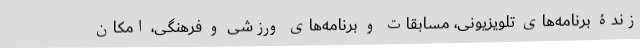
زندۀ برنامه‌های تلویزیونی، مسابقات و برنامه‌های ورزشی و فرهنگی، امکان